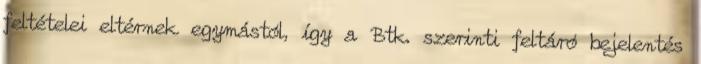
feltételei eltérnek egymástól, így a Btk. szerinti feltáró bejelentés